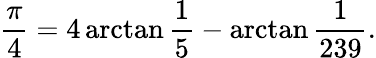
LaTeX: {\frac{\pi}{4}}=4\arctan{\frac{1}{5}}-\arctan{\frac{1}{239}}.